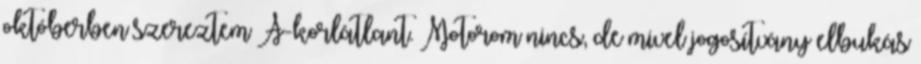
októberben szereztem A-korlátlant. Motorom nincs, de mivel jogosítvány elbukás